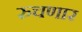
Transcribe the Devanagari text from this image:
रुचणार